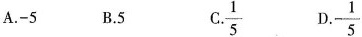
A.-5 B.5 \frac{1}{5} D. - \frac{1}{5}